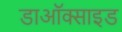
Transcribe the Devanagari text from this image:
डाऑक्साइड